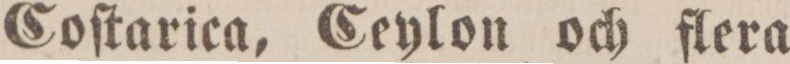
Coſtarica, Ceylon och flera